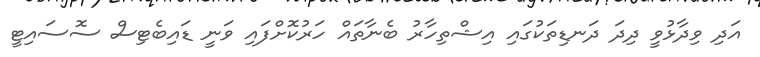
އަދި ވިދާޅުވީ ދިދަ ދަނޑިތަކުގައި އިޝްތިހާރު ބެނާތައް ހަރުކޮށްފައި ވަނީ ޑައިބެޓިސް ސޮސައިޓީ